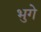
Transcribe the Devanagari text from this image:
भुगे